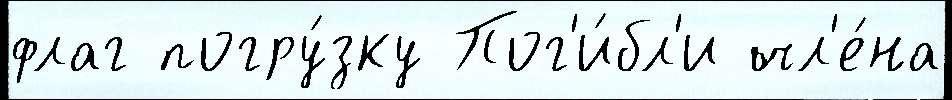
флаг погру́зку Пог'и́бл'и чл'е́на